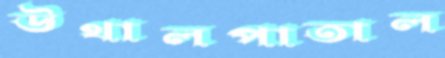
উথালপাতাল